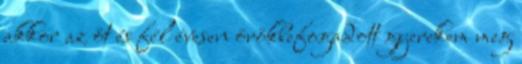
akkor az öt és fél évesen örökbefogadott gyerekem meg